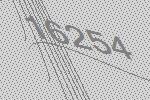
16254